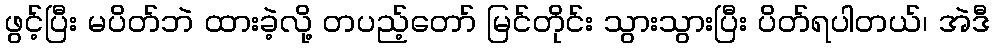
ဖွင့်ပြီး မပိတ်ဘဲ ထားခဲ့လို့ တပည့်တော် မြင်တိုင်း သွားသွားပြီး ပိတ်ရပါတယ်၊ အဲဒီ